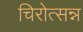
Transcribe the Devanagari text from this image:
चिरोत्सन्न